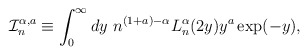
\begin{align*}\mathcal{I}^{\alpha,a}_{n} \equiv \int_{0}^{\infty}dy \ n^{(1+a)-\alpha} L_{n}^{\alpha}(2y) y^{a} \exp(-y),\end{align*}